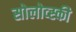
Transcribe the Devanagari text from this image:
सोलोव्स्की